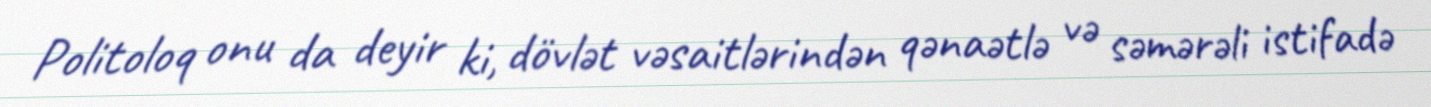
Politoloq onu da deyir ki, dövlət vəsaitlərindən qənaətlə və səmərəli istifadə